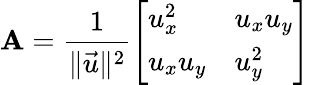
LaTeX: \mathbf{A}={\frac{1}{\lVert{\vec{u}}\rVert^{2}}}{\left[\begin{array}{ll}{u_{x}^{2}}&{u_{x}u_{y}}\\ {u_{x}u_{y}}&{u_{y}^{2}}\end{array}\right]}